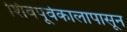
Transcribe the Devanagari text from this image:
शिवपूर्वकालापासून